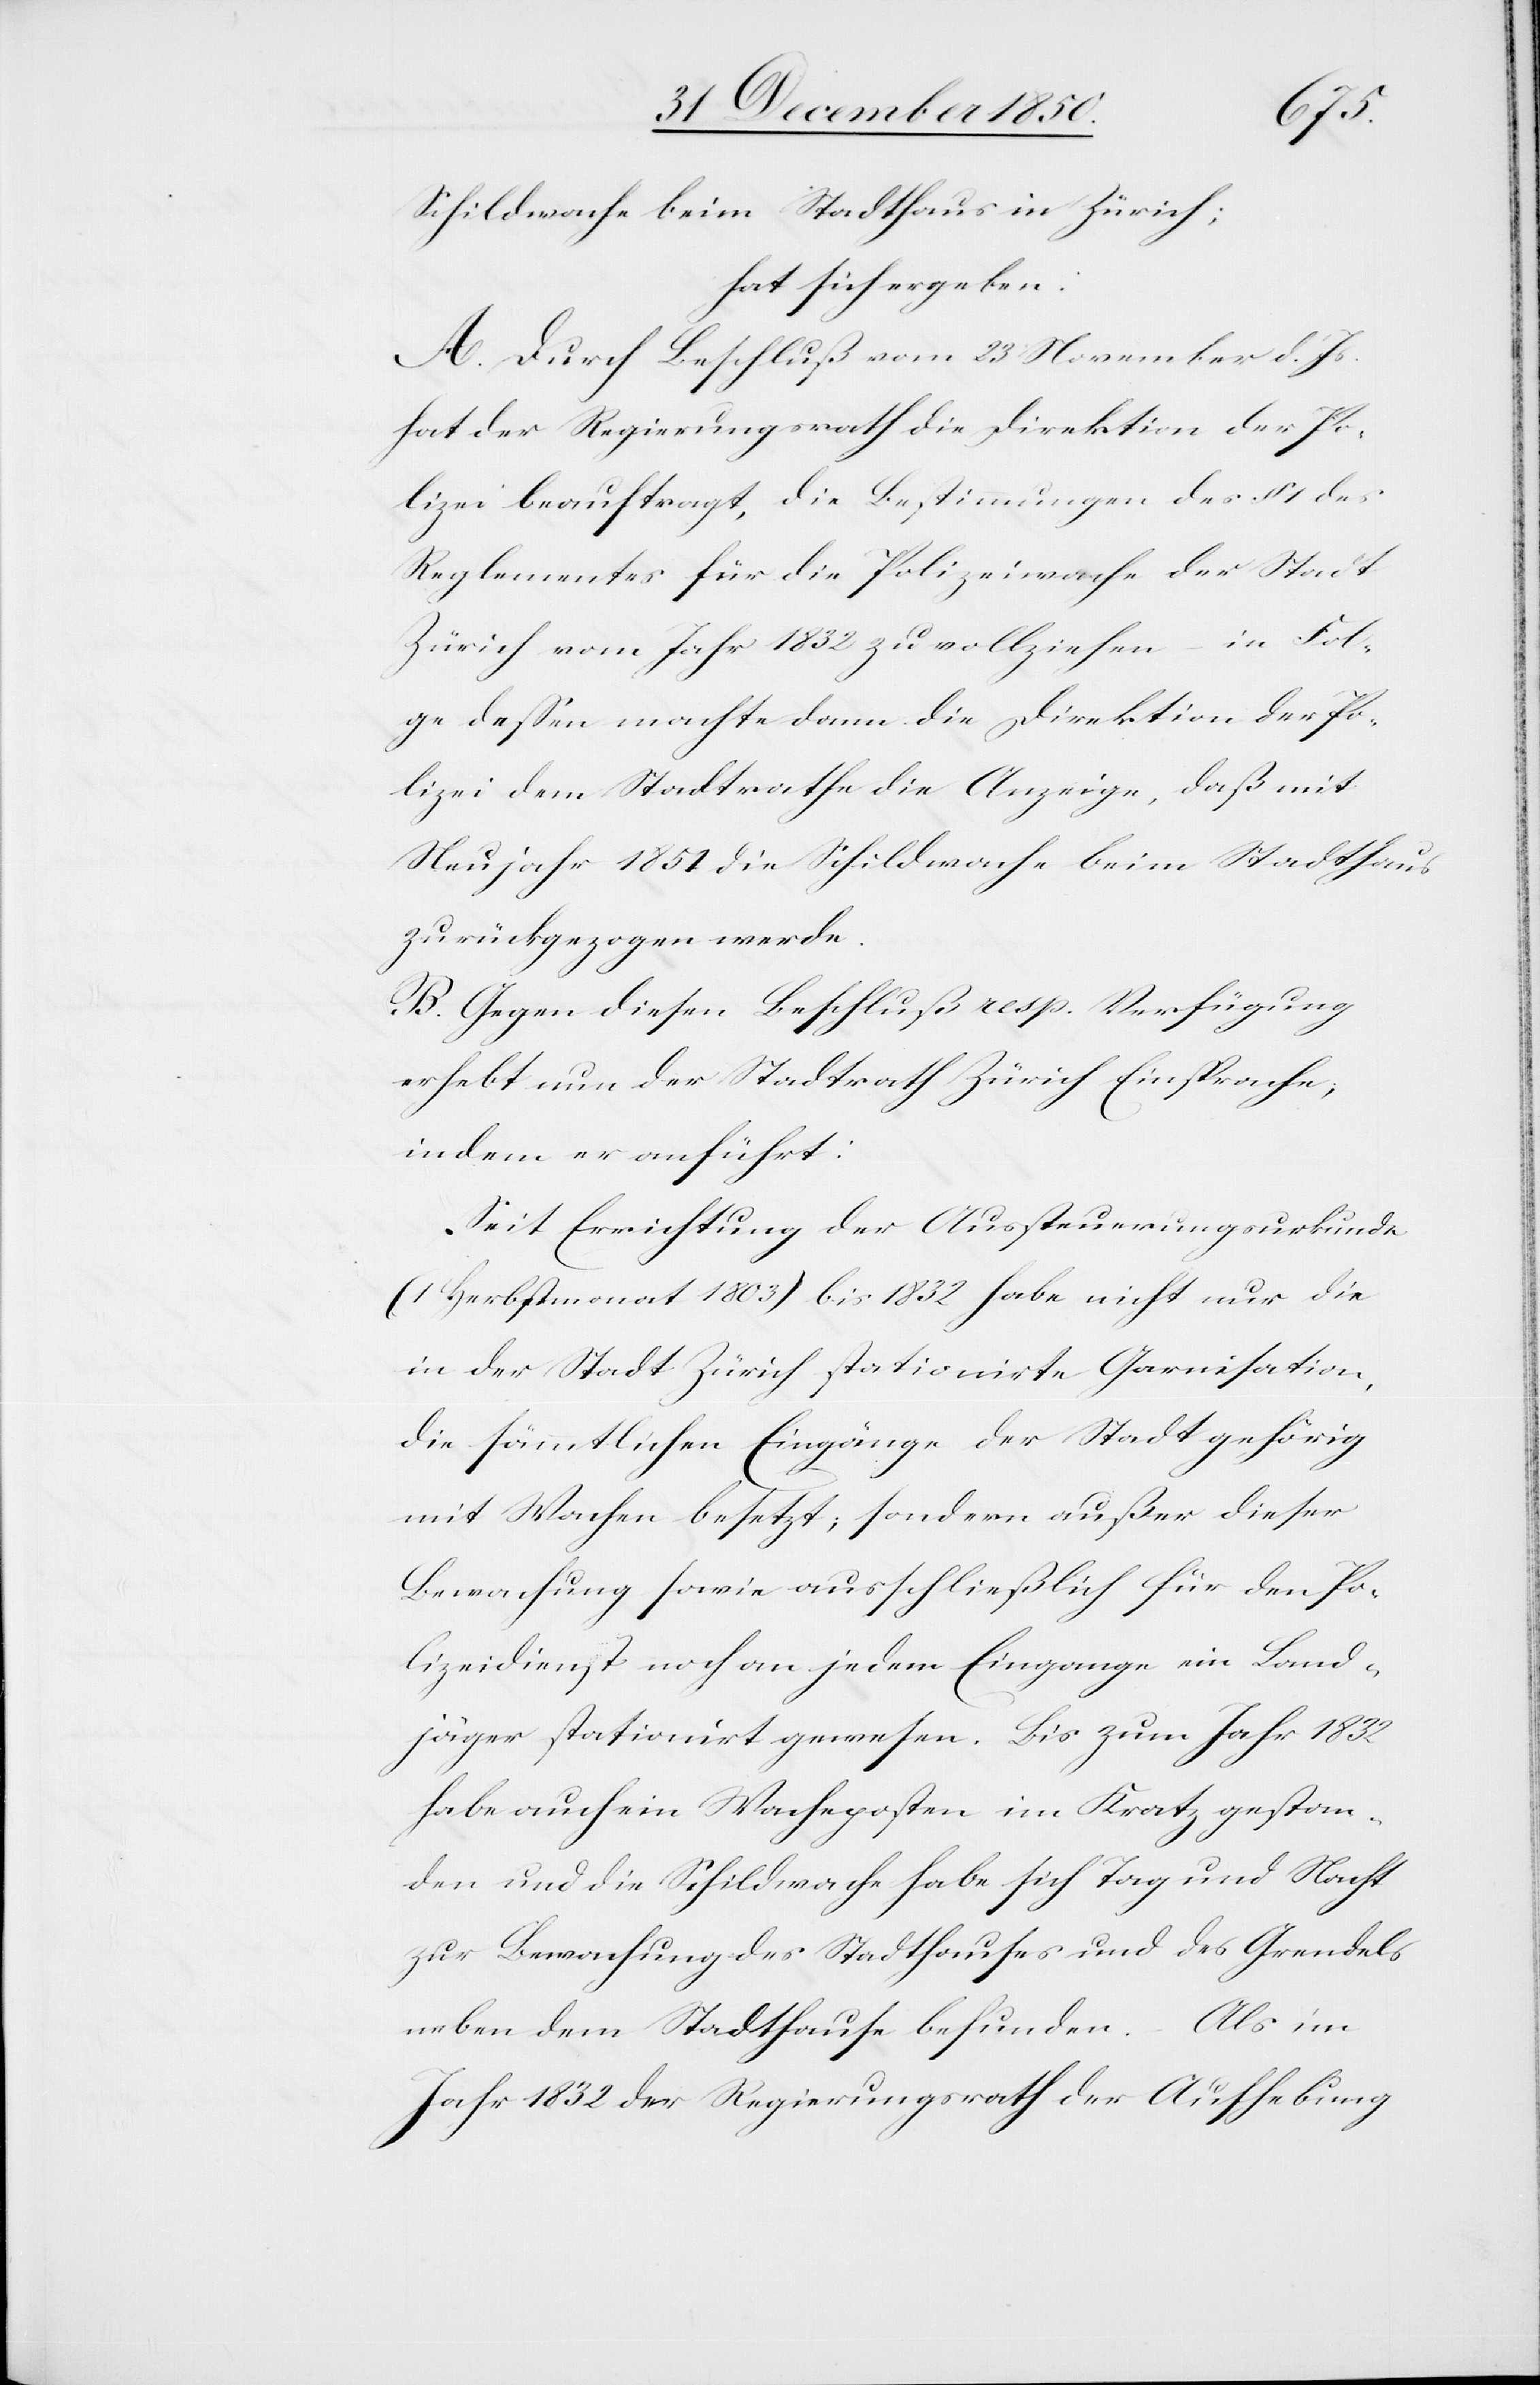
Schildwache beim Stadthaus in Zürich;
hat sich ergeben:
A. Durch Beschluß vom 23 November d. Js.
hat der Regierungsrath die Direktion der Po¬
lizei beauftragt, die Bestimmungen des § 1 des
Reglementes für die Polizeiwache der Stadt
Zürich vom Jahr 1832 zu vollziehen – in Fol¬
ge dessen machte dann die Direktion der Po¬
lizei dem Stadtrathe die Anzeige, daß mit
Neujahr 1851 die Schildwache beim Stadthaus
zurückgezogen werde.
B. Gegen diesen Beschluß resp. Verfügung
erhebt nun der Stadtrath Zürich Einsprache,
indem er anführt:
Seit Errichtung der Aussteuerungsurkunde
(1 Herbstmonat 1803) bis 1832 habe nicht nur die
in der Stadt Zürich stationirte Garnisation,
die sämmtlichen Eingänge der Stadt gehörig
mit Wachen besetzt; sondern außer dieser
Bewachung sowie ausschließlich für den Po¬
lizeidienst [sei] noch an jedem Eingange ein Land¬
jäger stationirt gewesen. Bis zum Jahr 1832
habe auch ein Wacheposten im Kratz gestan¬
den und die Schildwache habe sich Tag und Nacht
zur Bewachung des Stadthauses und des Grendels
neben dem Stadthause befunden. Als im
Jahr 1832 der Regierungsrath der [recte: